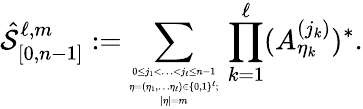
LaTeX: \hat{\mathcal{S}}_{[0,n-1]}^{\ell,m}:=\sum_{\tiny\begin{array}{c}{0\leq j_{1}<\ldots<j_{\ell}\leq n-1}\\ {\eta=(\eta_{1},\ldots\eta_{\ell})\in\{ 0,1\} ^{\ell};}\\ {|\eta|=m}\end{array}}\, \prod_{k=1}^{\ell}(A_{\eta_{k}}^{(j_{k})})^{*}.